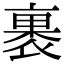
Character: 裹